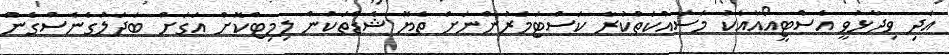
އަދި ވިދާޅުވީ އެސްޓީއޯއާއެކު މަސައްކަތްކުރާ ކަސްޓަމަރުންނަށް ތެޔޮ ޝެޑްތަކުން ލިމިޓްކޮށް އަގަށް ބަދަލުގެނެސްގެން